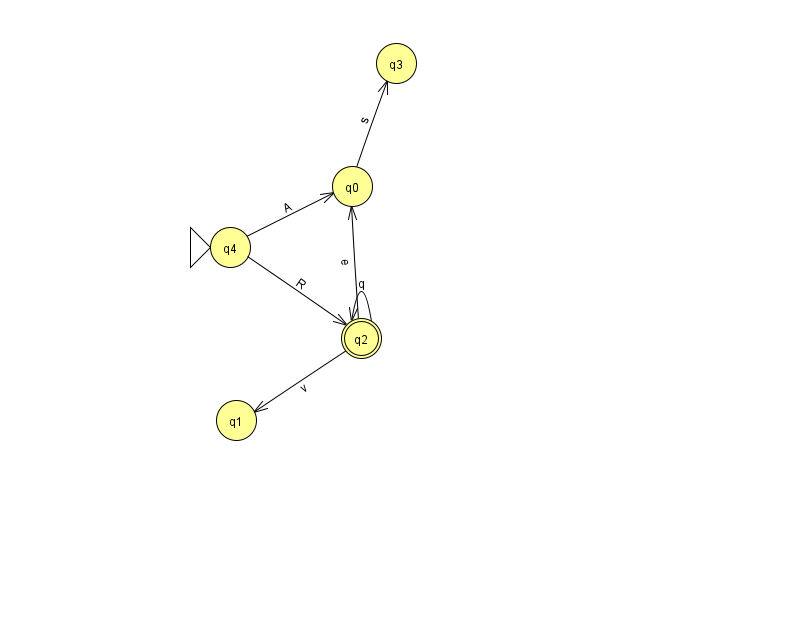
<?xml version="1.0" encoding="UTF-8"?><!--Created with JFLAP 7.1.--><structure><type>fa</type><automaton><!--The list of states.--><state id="0" name="q0"><x>352.0</x><y>173.0</y></state><state id="1" name="q1"><x>236.0</x><y>407.0</y></state><state id="2" name="q2"><x>361.0</x><y>325.0</y><final/></state><state id="3" name="q3"><x>396.0</x><y>50.0</y></state><state id="4" name="q4"><x>230.0</x><y>234.0</y><initial/></state><!--The list of transitions.--><transition><from>2</from><to>2</to><read>q</read></transition><transition><from>4</from><to>0</to><read>A</read></transition><transition><from>2</from><to>1</to><read>v</read></transition><transition><from>0</from><to>3</to><read>s</read></transition><transition><from>2</from><to>0</to><read>e</read></transition><transition><from>4</from><to>2</to><read>R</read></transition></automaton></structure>